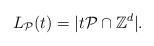
LaTeX: \begin{align*}L_{\mathcal{P}}(t) = |t \mathcal{P} \cap \mathbb{Z}^d|.\end{align*}